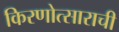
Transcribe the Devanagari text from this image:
किरणोत्साराची